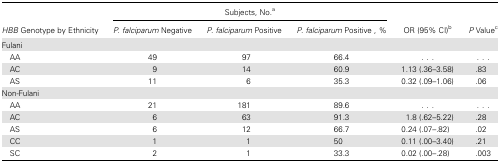
<table><thead><tr><td rowspan="2"><b><i>HBB</i> Genotype by Ethnicity</b></td><td colspan="3"><b>Subjects, No.<sup>a</sup></b></td><td rowspan="2"><b>OR (95% CI)<sup>b</sup></b></td><td rowspan="2"><b><i>P</i> Value<sup>c</sup></b></td></tr><tr><td><b><i>P. falciparum</i> Negative</b></td><td><b><i>P. falciparum</i> Positive</b></td><td><b><i>P. falciparum</i> Positive , %</b></td></tr></thead><tbody><tr><td>Fulani</td><td></td><td></td><td></td><td></td><td></td></tr><tr><td> AA</td><td>49</td><td>97</td><td>66.4</td><td>...</td><td>...</td></tr><tr><td> AC</td><td>9</td><td>14</td><td>60.9</td><td>1.13 (.36–3.58)</td><td>.83</td></tr><tr><td> AS</td><td>11</td><td>6</td><td>35.3</td><td>0.32 (.09–1.06)</td><td>.06</td></tr><tr><td>Non-Fulani</td><td></td><td></td><td></td><td></td><td></td></tr><tr><td> AA</td><td>21</td><td>181</td><td>89.6</td><td>...</td><td>...</td></tr><tr><td> AC</td><td>6</td><td>63</td><td>91.3</td><td>1.8 (.62–5.22)</td><td>.28</td></tr><tr><td> AS</td><td>6</td><td>12</td><td>66.7</td><td>0.24 (.07–.82)</td><td>.02</td></tr><tr><td> CC</td><td>1</td><td>1</td><td>50</td><td>0.11 (.00–3.40)</td><td>.21</td></tr><tr><td> SC</td><td>2</td><td>1</td><td>33.3</td><td>0.02 (.00–.28)</td><td>.003</td></tr></tbody></table>